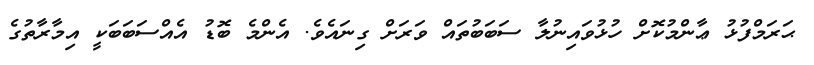
ޙަރަމްފުޅު ޢާންމުކޮށް ހުޅުވައިނުލާ ސަބަބުތައް ވަރަށް ގިނައެވެ. އެންމެ ބޮޑު އެއްސަބަބަކީ އިމާރާތުގެ